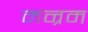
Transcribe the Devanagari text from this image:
मन्रम